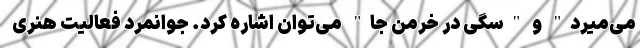
می‌میرد" و "سگی در خرمن جا" می‌توان اشاره کرد. جوانمرد فعالیت هنری